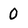
Character: 0